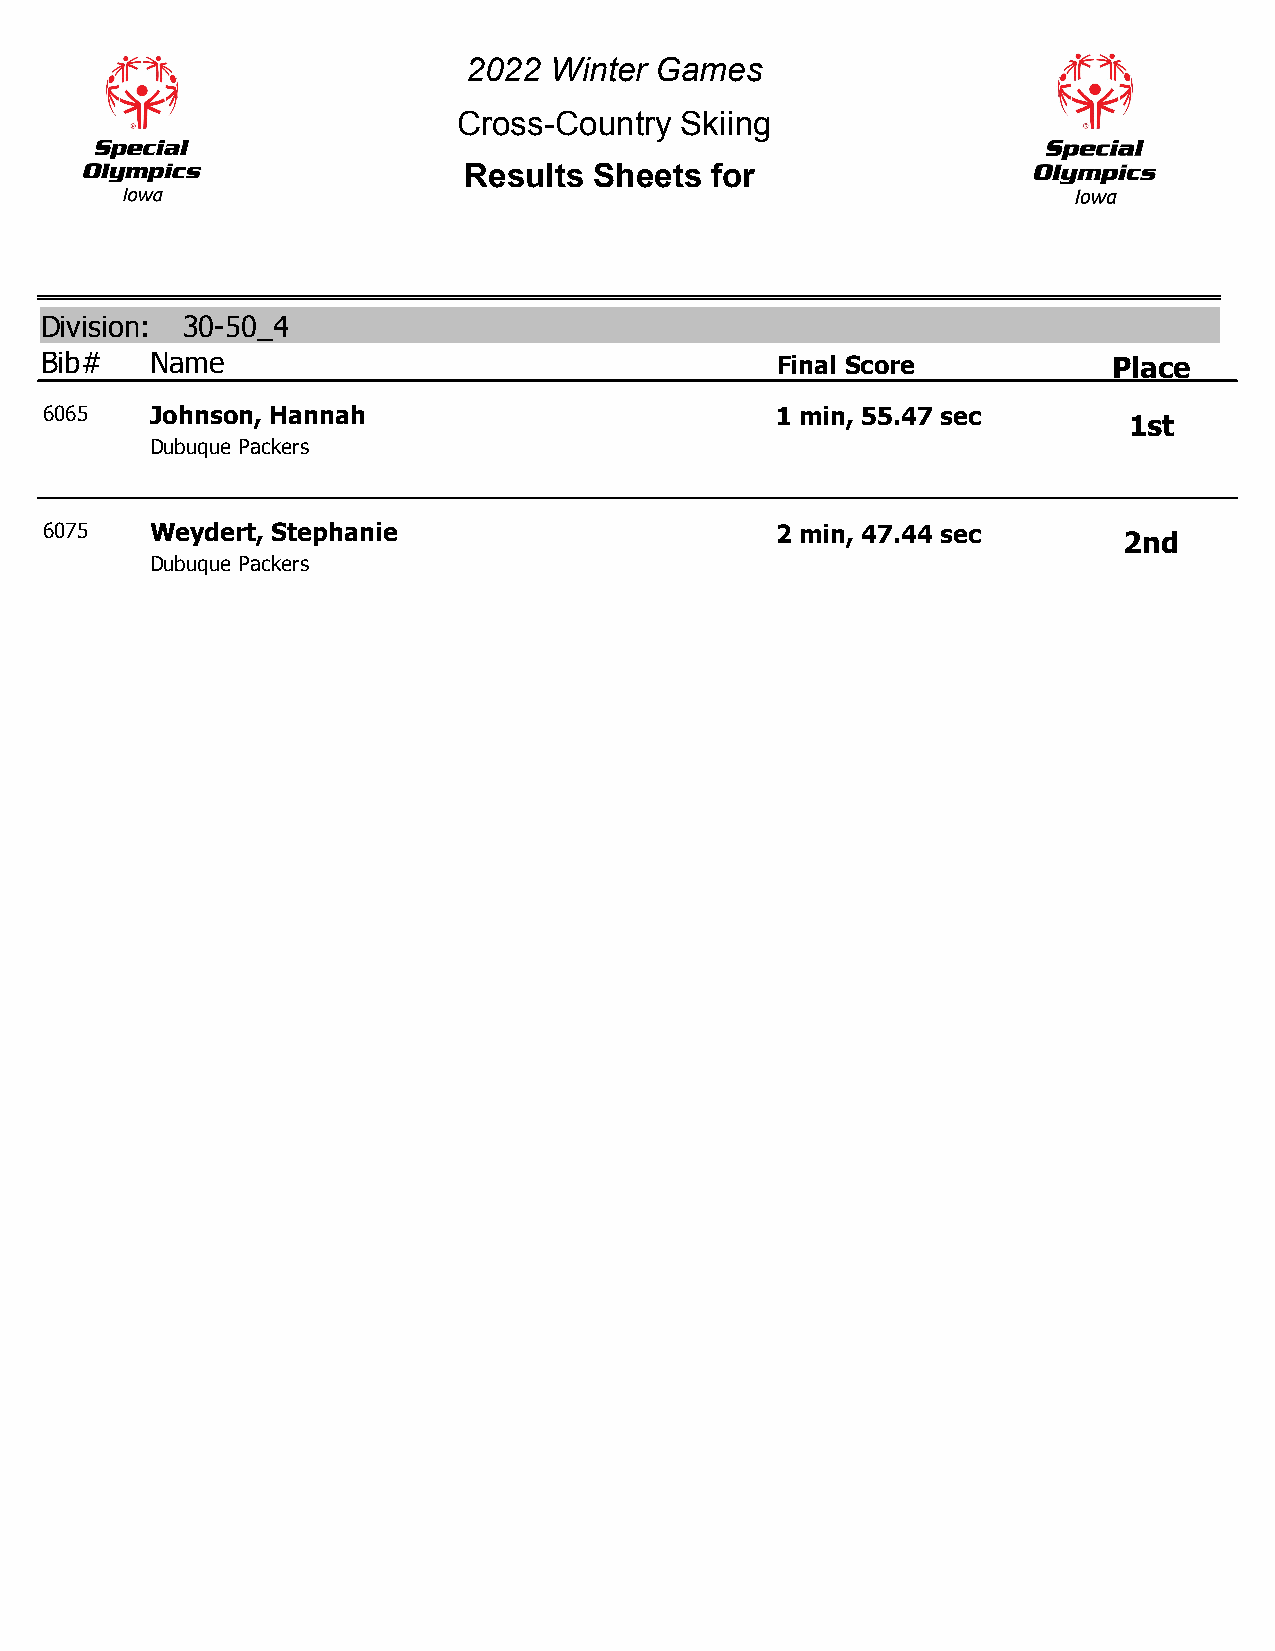
2022 Winter Games
 Cross-Country  Skiing
 Results Sheets  for
 Division: 30-50_4
 Bib#   Name                                     Final Score            Place
 6065   Johnson, Hannah                          1 min, 55.47 sec
 1st
 Dubuque Packers
 6075   Weydert, Stephanie                       2 min, 47.44 sec
 2nd
 Dubuque Packers